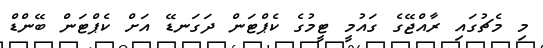
މި މެޗުގައި ރާއްޖޭގެ ގައުމީ ޓީމުގެ ކެޕްޓަން ދަގަނޑޭ އަށް ކެޕްޓަން ބޭންޑް